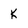
Character: k